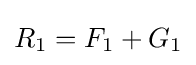
R_{1}=F_{1}+G_{1}